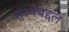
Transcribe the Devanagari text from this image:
संस्थेबद्दल